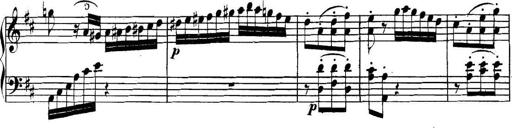
Title: Collected Piano Sonatas
Composer: Muzio Clementi